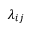
\lambda _ { i j }